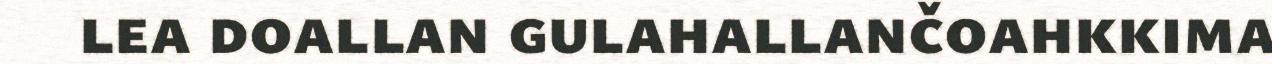
lea doallan gulahallančoahkkima